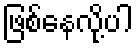
ဖြစ်နေလို့ပါ